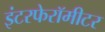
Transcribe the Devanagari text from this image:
इंटरफेरॉमीटर